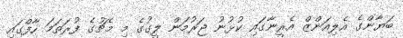
ބަޔާންގެ އެލިއަންޒް އެރީނާގައި ކުޅުނު ޖަރުމަން ލީގުގެ މި މެޗުގެ ފުރަތަމަ ހާފްގައި